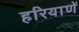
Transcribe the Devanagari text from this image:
हरियाणें